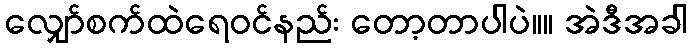
လျှော်စက်ထဲရေ၀င်နည်း တော့တာပါပဲ။။ အဲဒီအခါ